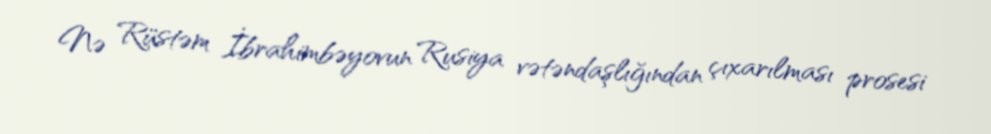
Nə Rüstəm İbrahimbəyovun Rusiya vətəndaşlığından çıxarılması prosesi